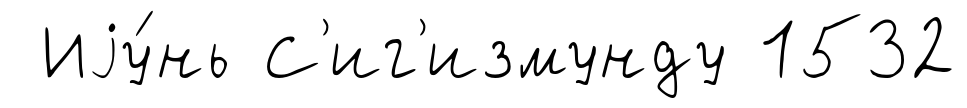
Иjу́нь С'иг'измунду 1532